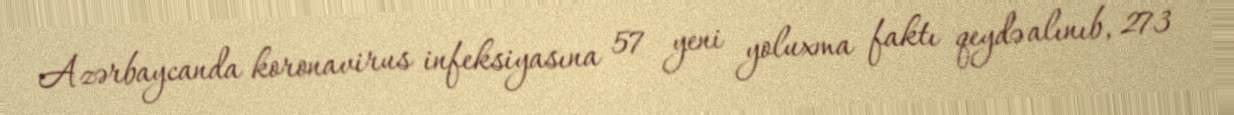
Azərbaycanda koronavirus infeksiyasına 57 yeni yoluxma faktı qeydə alınıb, 273